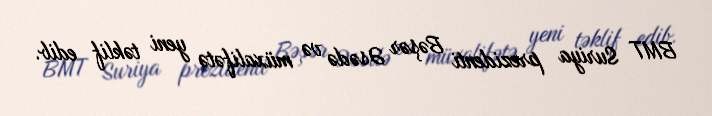
BMT Suriya prezidenti Bəşər Əsədə və müxalifətə yeni təklif edib.